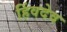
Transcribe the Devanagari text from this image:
हिंवदेव